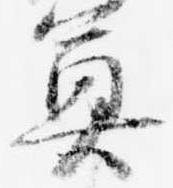
奠